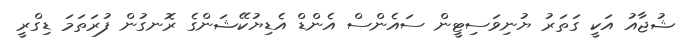
ޝުޖާއު އަކީ ގަތަރު ޔުނިވަސިޓީން ސައެންސް އެންޑް އެޑިޔުކޭޝަންގެ ރޮނގުން ފުރަތަމަ ޑިގްރީ